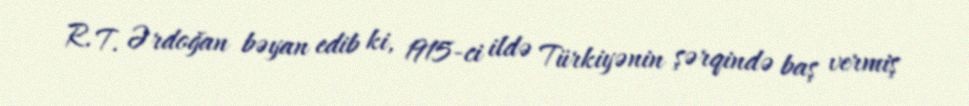
R. T. Ərdoğan bəyan edib ki, 1915-ci ildə Türkiyənin şərqində baş vermiş